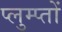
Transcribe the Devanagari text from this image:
प्लुम्प्तों